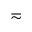
\eqsim